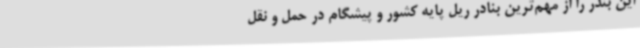
این بندر را از مهم‌ترین بنادر ریل پایه کشور و پیشگام در حمل و نقل